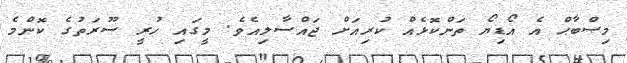
މިޞްބާޙް އެ އޯޑިޔޯ ތަންކޮޅެއް ކުރިއަށް ޖައްސާލިއެވެ. މީގައި ހުރީ ސޫރަތުގެ ކޮންމެ